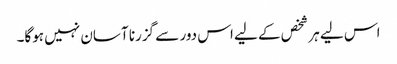
اس لیے ہر شخص کے لیے اس دور سے گزرنا آسان نہیں ہوگا۔